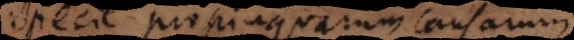
specie propinquarum causarum